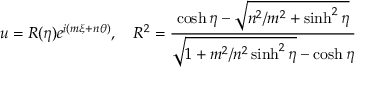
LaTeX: u = R ( \eta ) e ^ { i ( m \xi + n \theta ) } , \quad R ^ { 2 } = { \frac { \cosh \eta - \sqrt { n ^ { 2 } / m ^ { 2 } + \sinh ^ { 2 } \eta } } { \sqrt { 1 + m ^ { 2 } / n ^ { 2 } \sinh ^ { 2 } \eta } - \cosh \eta } }